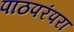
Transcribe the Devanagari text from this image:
पाठपरंपरा